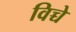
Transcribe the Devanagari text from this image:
विच्चे